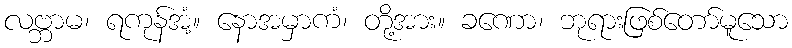
လဗ္ဘာမ၊ ရကုန်အံ့။ နောအမှာကံ၊ တို့အား။ ခဏော၊ ဘုရားဖြစ်တော်မူသော